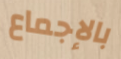
بالإجماع